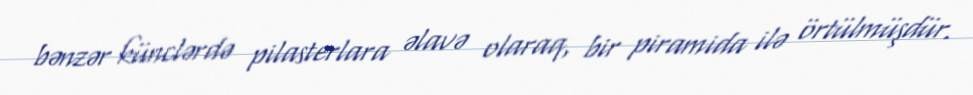
bənzər künclərdə pilasterlara əlavə olaraq, bir piramida ilə örtülmüşdür.